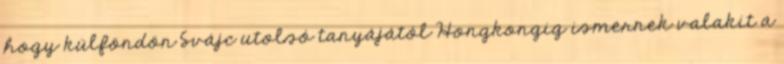
hogy külföndön Svájc utolsó tanyájától Hongkongig ismernek valakit a